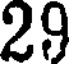
29